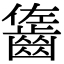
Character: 𪘓